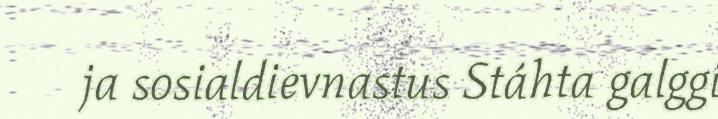
ja sosialdievnastus Stáhta galggi